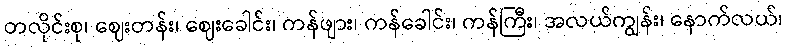
တလိုင်းစု၊ ဈေးတန်း၊ ဈေးခေါင်း၊ ကန်ဖျား၊ ကန်ခေါင်း၊ ကန်ကြီး၊ အလယ်ကျွန်း၊ နောက်လယ်၊